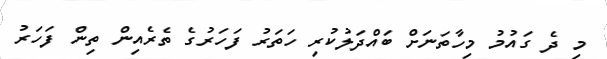
މި ދެ ގައުމު މިހާތަނަށް ބައްދަލުކުރި ހަތަރު ފަހަރުގެ ތެރެއިން ތިން ފަހަރު